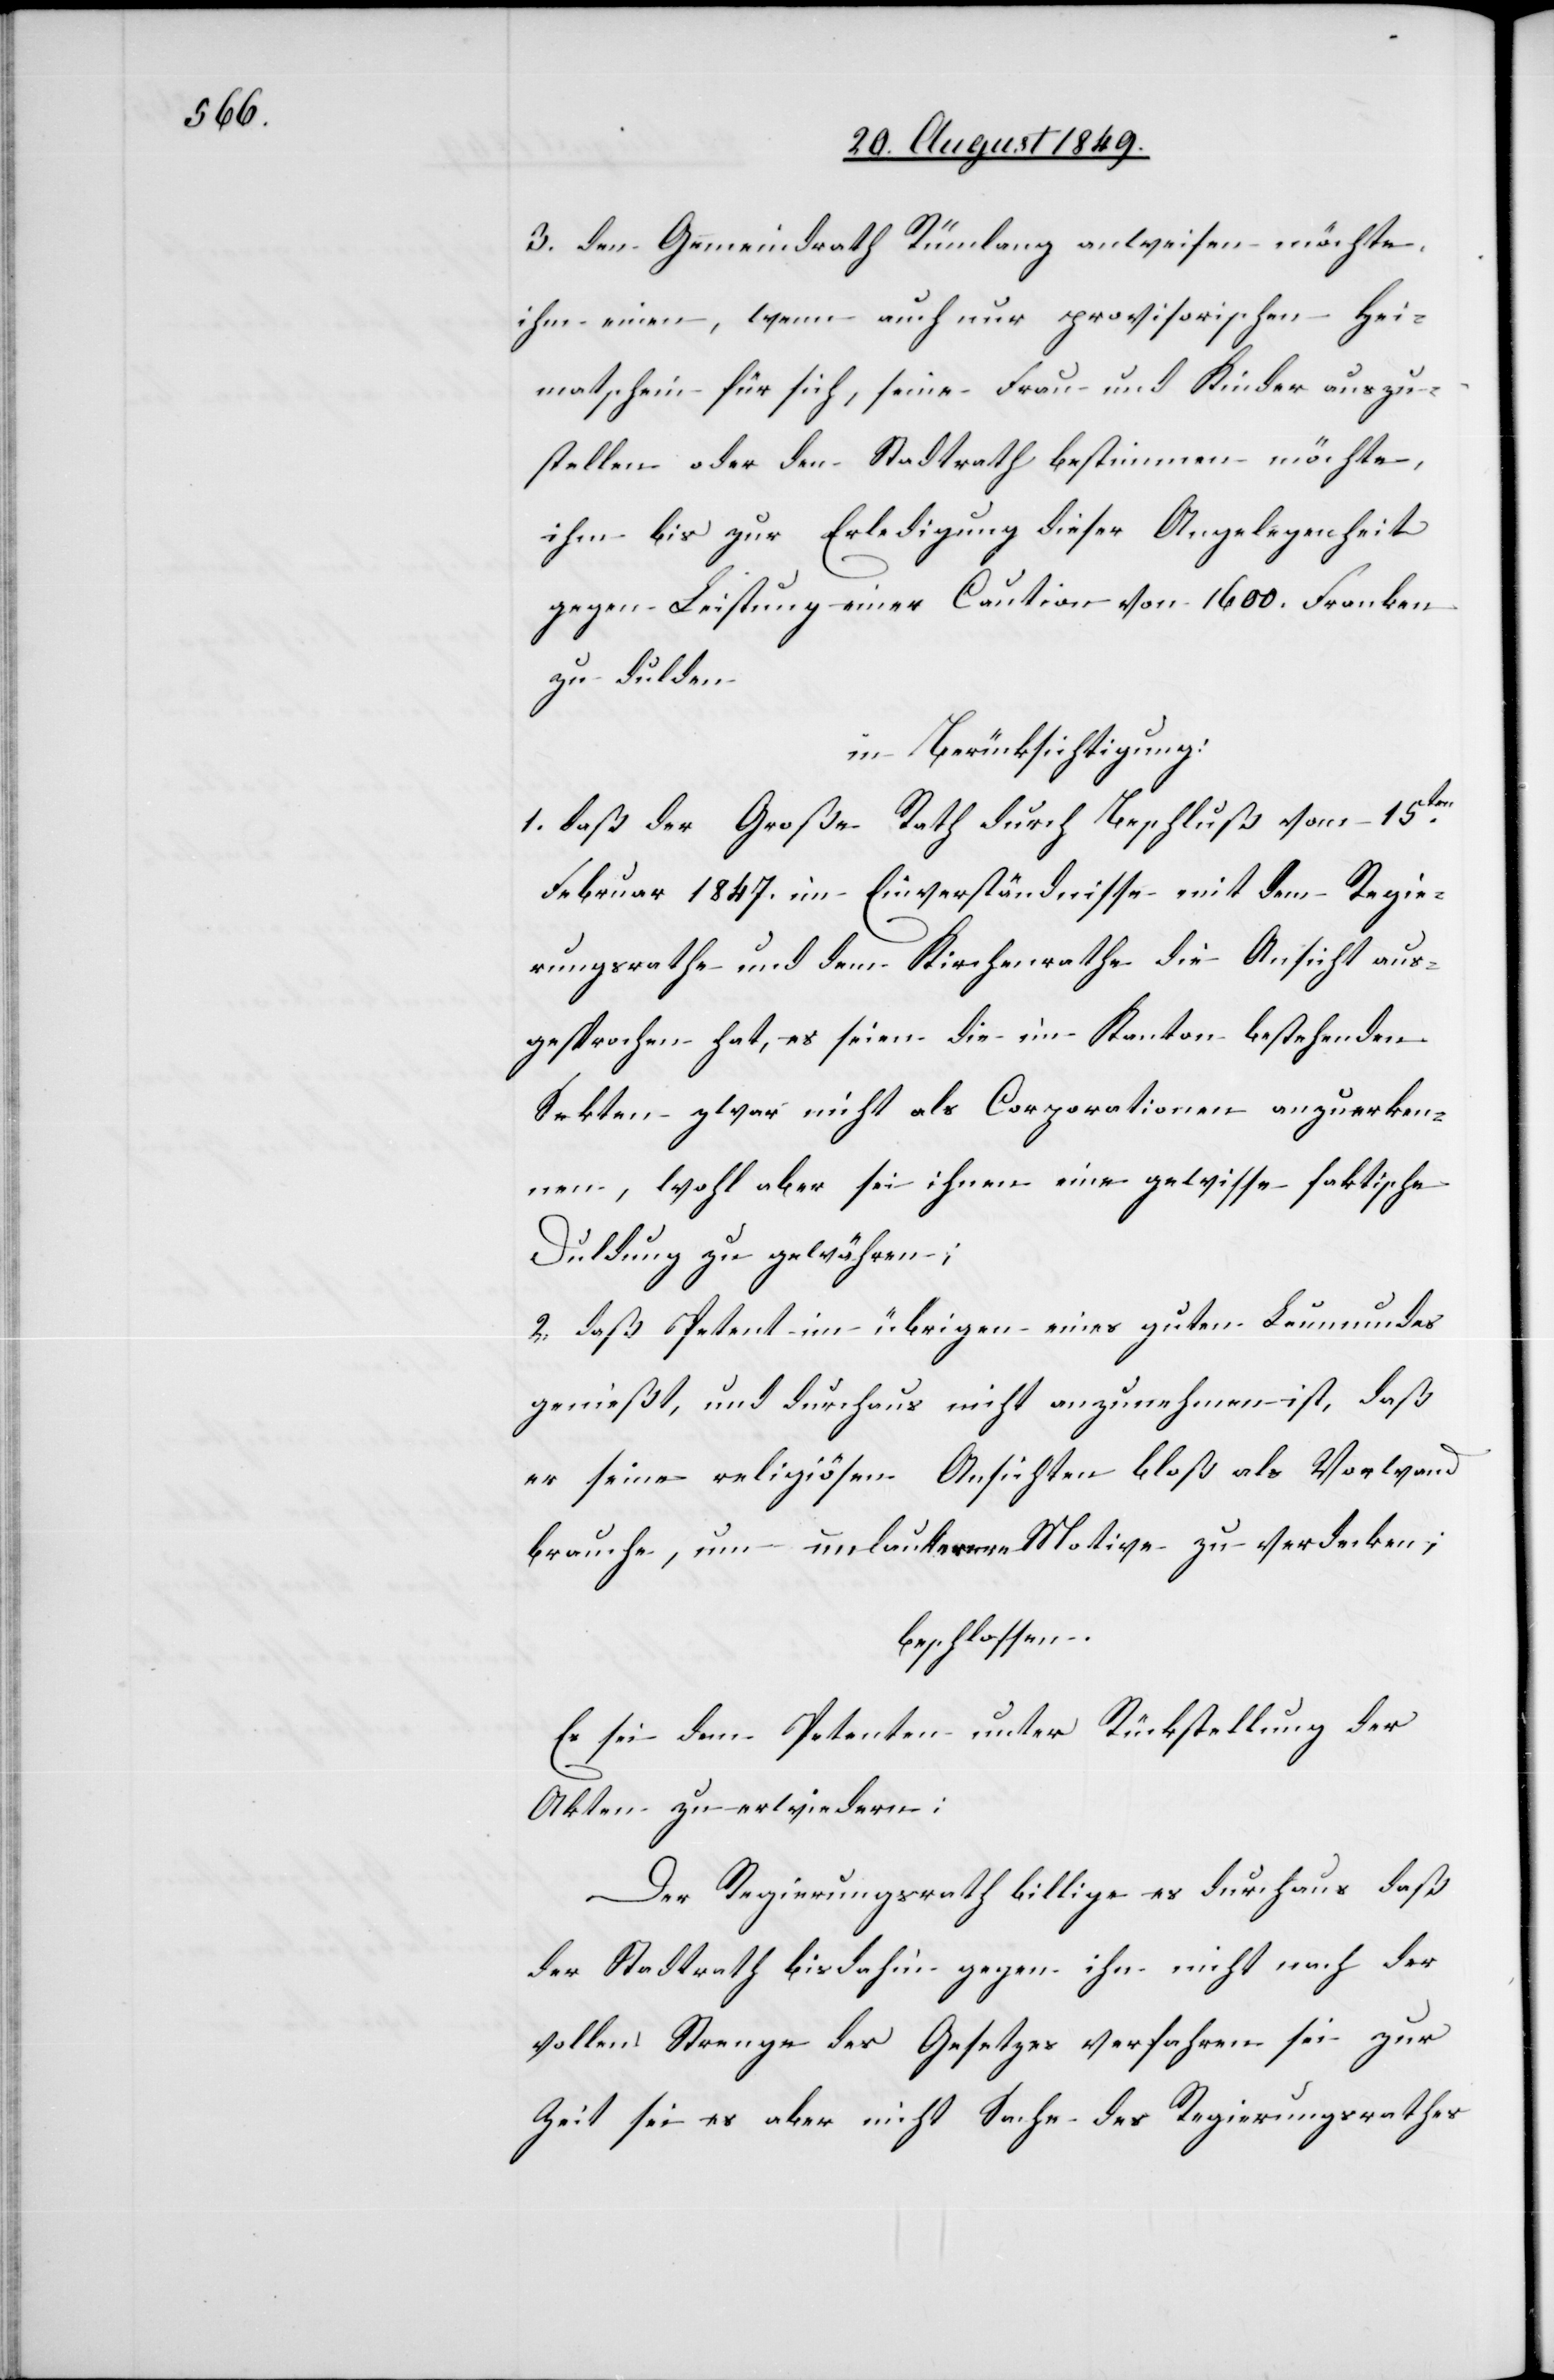
3. den Gemeindrath Rümlang anweisen möchte
ihm einen, wenn auch nur provisorischen Hei¬
matschein für sich, seine Frau und Kinder auszu¬
stellen oder den Stadtrath bestimmen möchte,
ihn] bis zur Erledigung dieser Angelegenheit
gegen Leistung einer Caution von 1600. Franken
zu dulden.
in Berücksichtigung:
1. daß der Große Rath durch Beschluß vom 15ten
Februar 1847. im Einverständnisse mit dem Regie¬
rungsrathe und dem Kirchenrathe die Ansicht aus¬
gesprochen hat, es seien die im Kanton bestehenden
Sekten zwar nicht als Corporationen anzuerken¬
nen, wohl aber sei ihnen eine gewisse faktische
Duldung zu gewähren;
2. daß Petent im übrigen eines guten Leumundes
genießt, und durchaus nicht anzunehmen ist, daß
er seine religiösen Ansichten bloß als Vorwand
brauche, um unlautere Motive zu verdecken;
beschlossen:
Es sei dem Petenten unter Rückstellung der
Akten zu erwiedern:
Der Regierungsrath billige es durchaus daß
der Stadtrath bisdahin gegen ihn nicht nach der
vollen Strenge des Gesetzes verfahren sei zur
Zeit sei es aber nicht Sache des Regierungsrathes